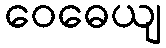
ဝေဓေယျ